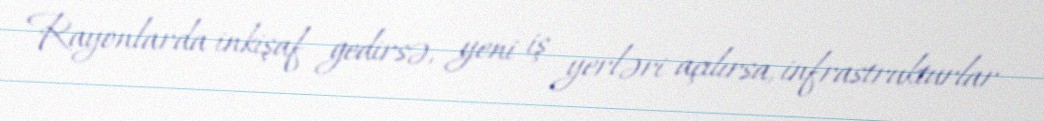
Rayonlarda inkişaf gedirsə, yeni iş yerləri açılırsa, infrastrukturlar